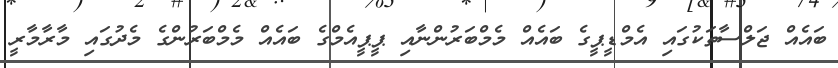
ބައެއް ޖަލްސާތަކުގައި އެމްޑީޕީގެ ބައެއް މެމްބަރުންނާއި ޕީޕީއެމްގެ ބައެއް މެމްބަރުންގެ މެދުގައި މާރާމާރީ